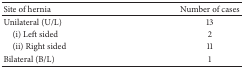
<table><thead><tr><td><b>Site of hernia</b></td><td><b>Number of cases</b></td></tr></thead><tbody><tr><td>Unilateral (U/L)</td><td>13</td></tr><tr><td> (i) Left sided</td><td>2</td></tr><tr><td> (ii) Right sided</td><td>11</td></tr><tr><td>Bilateral (B/L)</td><td>1</td></tr></tbody></table>